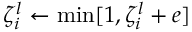
\zeta _ { i } ^ { l } \gets \operatorname* { m i n } [ 1 , \zeta _ { i } ^ { l } + e ]